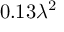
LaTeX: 0 . 1 3 \lambda ^ { 2 }